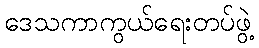
ဒေသကာကွယ်ရေးတပ်ဖွဲ့